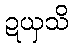
ဍယှသိ